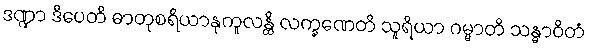
ဒဏ္ဍာ ဒီပေတိ ဓာတုစရိယာနုကူလန္တိ လက္ခဏေတိ သူရိယာ ဂမ္မာတိ သန္ဓာဝိတံ